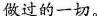
做过的一切。